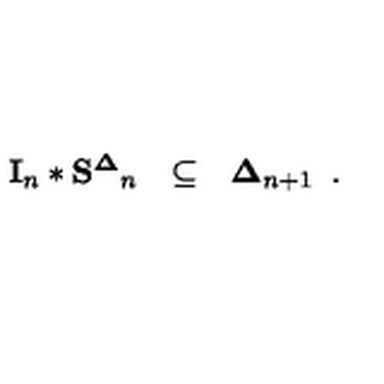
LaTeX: \begin{array} { l l l } { { \bf I } _ { n } * { \bf S ^ { \Delta } } _ { n } } & { \subseteq } & { { \bf \Delta } _ { n + 1 } } \\ \end{array} { } .